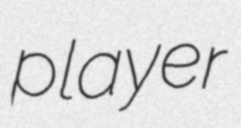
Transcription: player